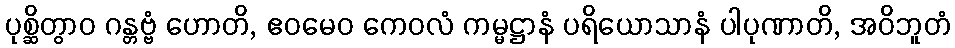
ပုစ္ဆိတွာဝ ဂန္တဗ္ဗံ ဟောတိ, ဧဝမေဝ ကေဝလံ ကမ္မဋ္ဌာနံ ပရိယောသာနံ ပါပုဏာတိ, အဝိဘူတံ